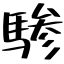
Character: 驂